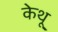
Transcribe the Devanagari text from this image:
केथू